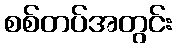
စစ်တပ်အတွင်း